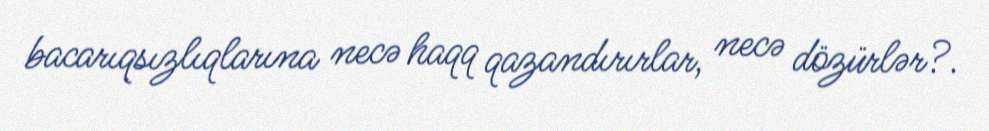
bacarıqsızlıqlarına necə haqq qazandırırlar, necə dözürlər?.